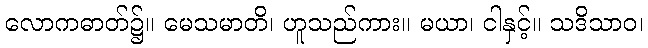
လောကဓာတ်၌။ မေသမာတိ၊ ဟူသည်ကား။ မယာ၊ ငါနှင့်။ သဒိသာဝ၊